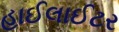
હાઈલાઈટર